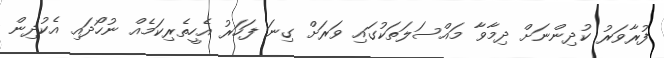
ފުރާވަރު ކުދިންނަށް ދިމާވާ މައްސަލަތަކުގައި ވަރަށް ގިނަ ފަހަރު އެހީތެރިކަމެއް ނުހޯދައި އެކުދިން